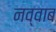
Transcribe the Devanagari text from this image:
नव्वाब